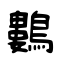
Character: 鷜